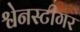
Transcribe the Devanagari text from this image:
श्वेनस्टीगर